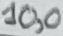
Text: 10,0